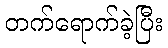
တက်ရောက်ခဲ့ပြီး